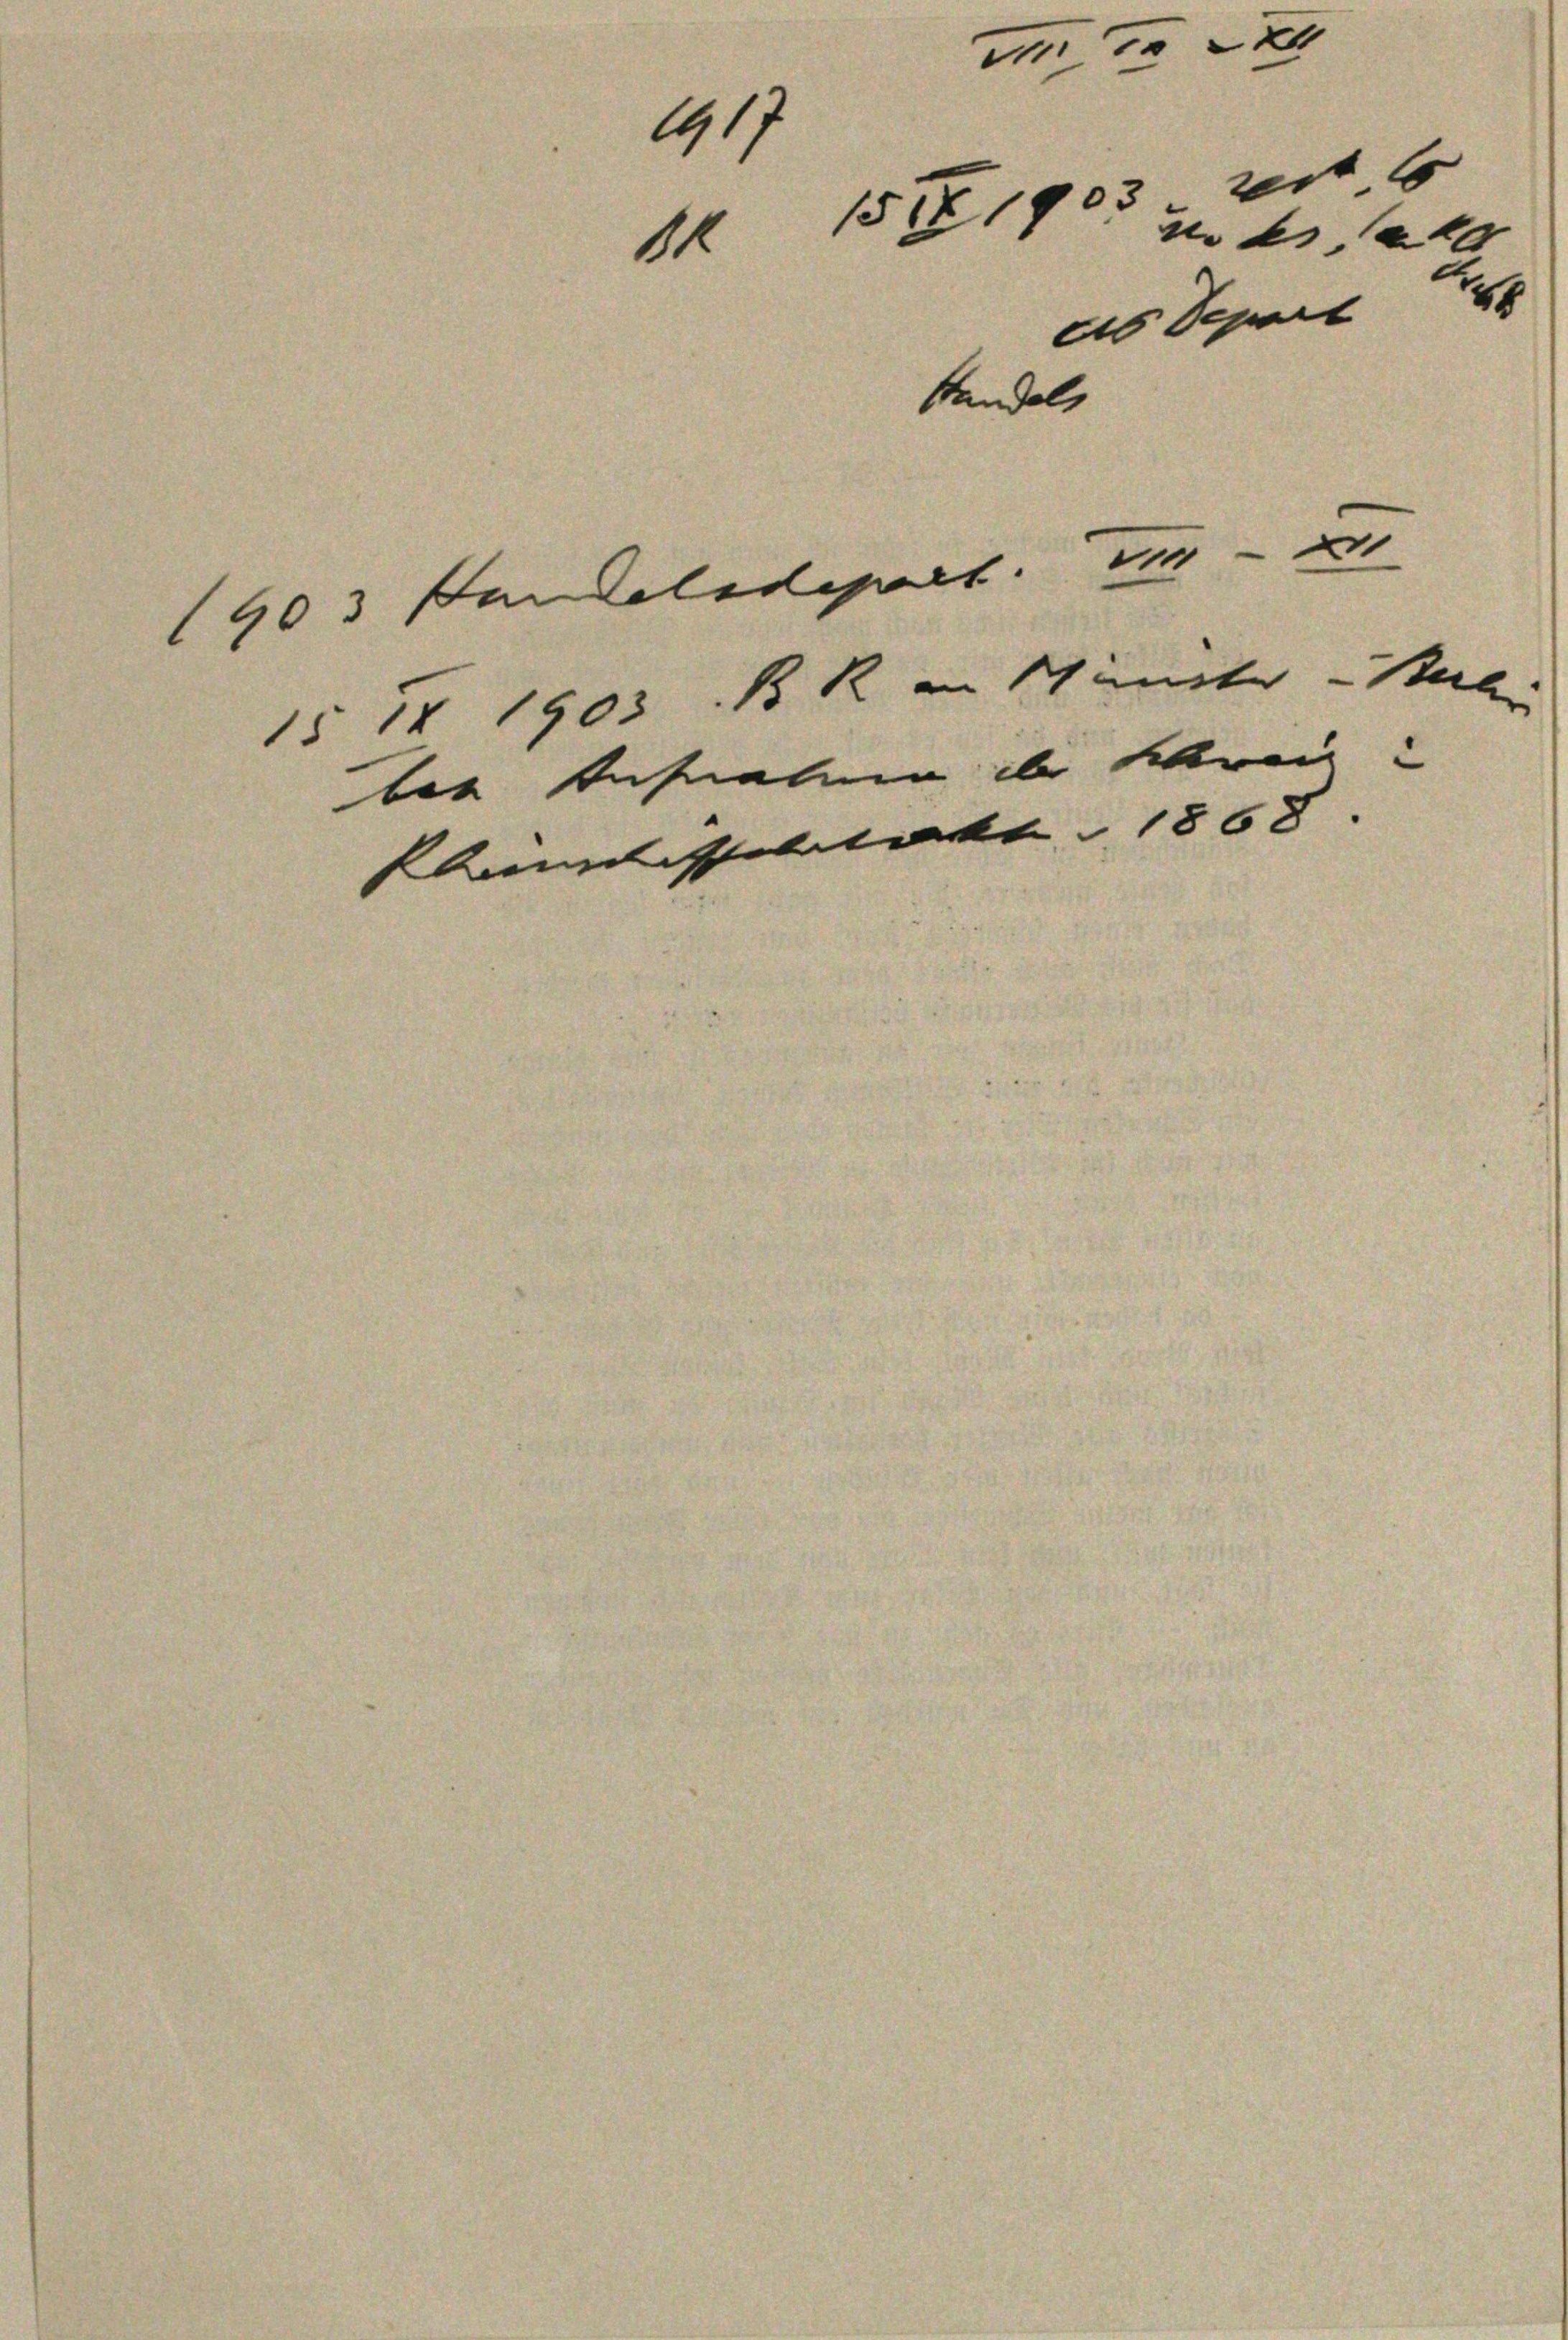
x
1519
 a
des Separt
Mandel

1903 Andelstiert. Es

1

117

15 1 1903 BR. in Schiniste Stel
ber Aufnahmen in Kranz
mmissablatt 1868.

rest 6
2

28